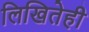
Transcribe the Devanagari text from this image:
लिखितेही